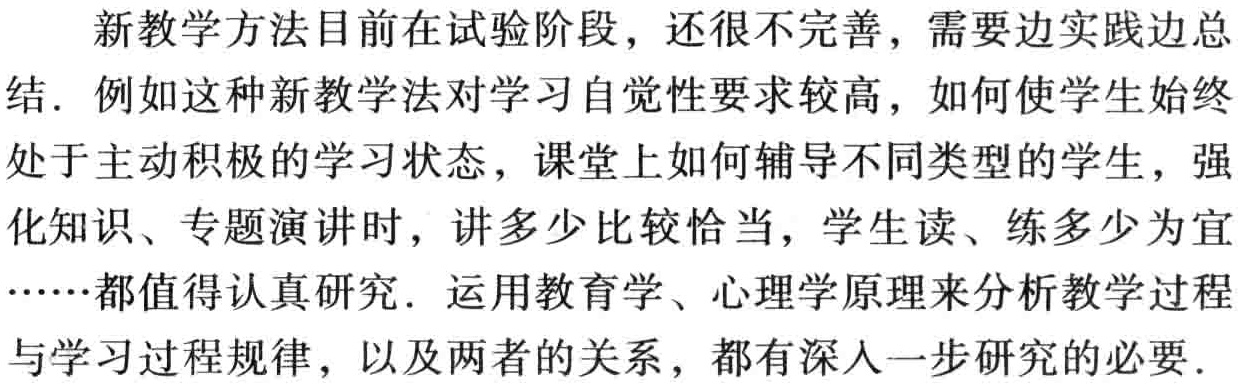
新教学方法目前在试验阶段，还很不完善，需要边实践边总结. 例如这种新教学法对学习自觉性要求较高，如何使学生始终处于主动积极的学习状态，课堂上如何辅导不同类型的学生，强化知识、专题演讲时，讲多少比较恰当，学生读、练多少为宜……都值得认真研究. 运用教育学、心理学原理来分析教学过程与学习过程规律，以及两者的关系，都有深入一步研究的必要.